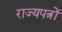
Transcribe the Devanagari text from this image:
राज्यपत्रों